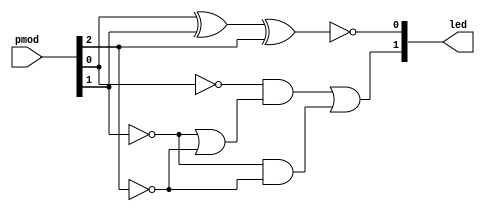
module gate (
	
	input	[2:0]	pmod,
	
	output 	[1:0]	led
	
);
	
	assign led[0] = ~(pmod[0] ^ pmod[1] ^ pmod[2]);
	assign led[1] = (~pmod[0] & (~pmod[1] | ~pmod[2])) | (~pmod[1] & ~pmod[2]);
	
	

endmodule